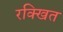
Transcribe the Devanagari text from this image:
रक्खित